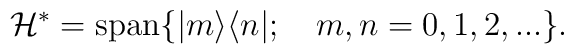
\mathcal{H}^{*}=\mathrm{span}\{|m\rangle \langle n|;\quad m,n=0,1,2,...\}.